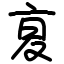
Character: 㚆